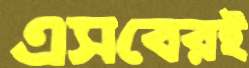
এসবেরই